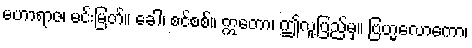
မဟာရာဇ၊ မင်းမြတ်။ ခေါ၊ စင်စစ်။ ဣတော၊ ဤလူ့ပြည်မှ။ ဗြဟ္မလောကော၊